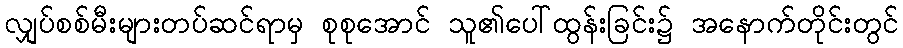
လျှပ်စစ်မီးများတပ်ဆင်ရာမှ စုစုအောင် သူ၏ပေါ်ထွန်းခြင်း၌ အနောက်တိုင်းတွင်